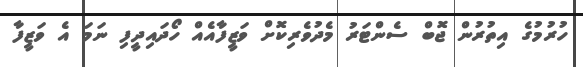
ހުރުމުގެ އިތުރުން ޖޮބް ސެންޓަރު މެދުވެރިކޮށް ވަޒީފާއެއް ހޯދައިދީފި ނަމަ އެ ވަޒީފާ